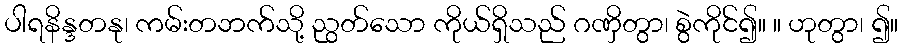
ပါရနိန္ဒတနု၊ ကမ်းတဘက်သို့ ညွတ်သော ကိုယ်ရှိသည် ဂဏှိတွာ၊ စွဲကိုင်၍။ ။ ဟုတွာ၊ ၍။